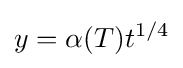
y=\alpha (T)t^{1/4}